Annual report on the mental hospital in the Central Provinces and Berar (Nagpur) - 1927-1951
Year: 1927
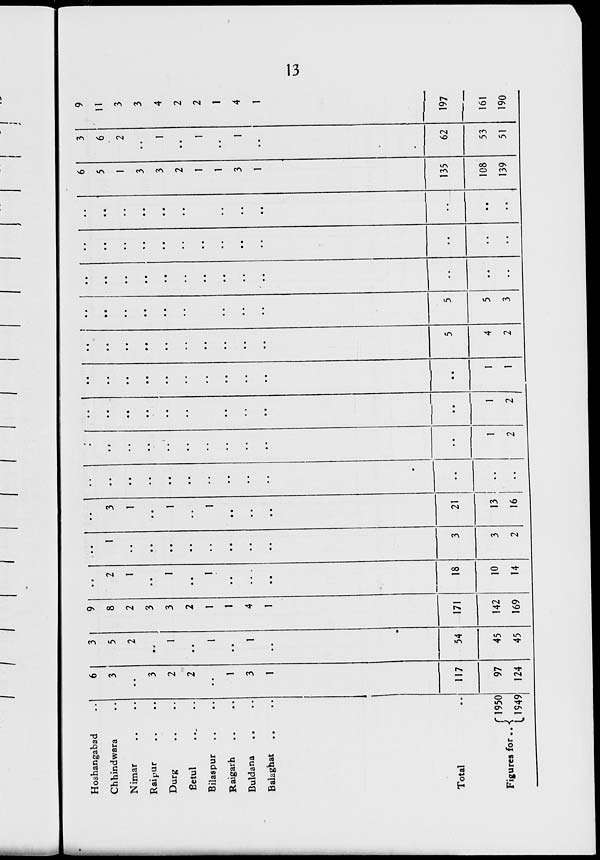
I I I
I
I
Hoshangabad
Chhindwara
Nimar
Raipur
Durg
fietul
Bilaspur
Raigarh
Buldana
Baiaghat
Total
Figures for .. -{
f 1950
U949
3
2
2
1
3
1
117
97
124
3
5
2
54
45
45
8
2
3
3
2
1
1
4
1
171
!42
169
2
1
18
10
14
3
2
3
1
21
13
16
1
2
1
2
4
2
5
3
6
5
1
3
3
2
1
1
3
1
135
108
139
3
6
2
62
53
51
9
11
3
3
4
2
2
1
4
1
197
161
190
ua